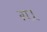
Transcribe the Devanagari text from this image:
ग़।